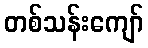
တစ်သန်းကျော်